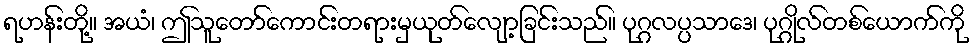
ရဟန်းတို့။ အယံ၊ ဤသူတော်ကောင်းတရားမှယုတ်လျော့ခြင်းသည်။ ပုဂ္ဂလပ္ပသာဒေ၊ ပုဂ္ဂိုလ်တစ်ယောက်ကို